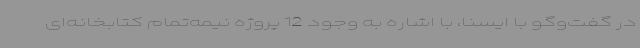
در گفت‌وگو با ایسنا، با اشاره به وجود 12 پروژه نیمه‌تمام کتابخانه‌ای